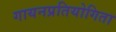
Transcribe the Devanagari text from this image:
गायनप्रतियोगिता